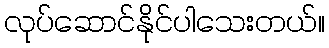
လုပ်ဆောင်နိုင်ပါသေးတယ်။